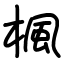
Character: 楓